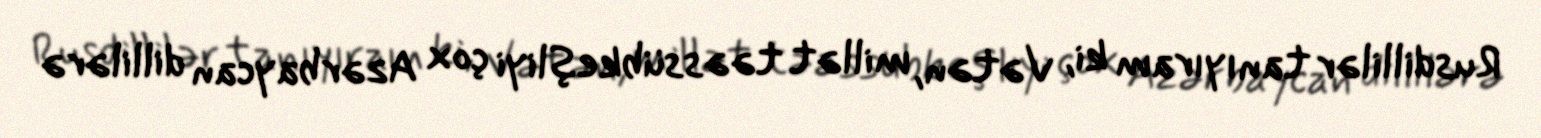
Rusdillilər tanıyıram ki, Vətən, millət təəssübkeşliyi çox Azərbaycan dillilərə